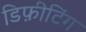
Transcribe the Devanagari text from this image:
डिफ़ीटिंग